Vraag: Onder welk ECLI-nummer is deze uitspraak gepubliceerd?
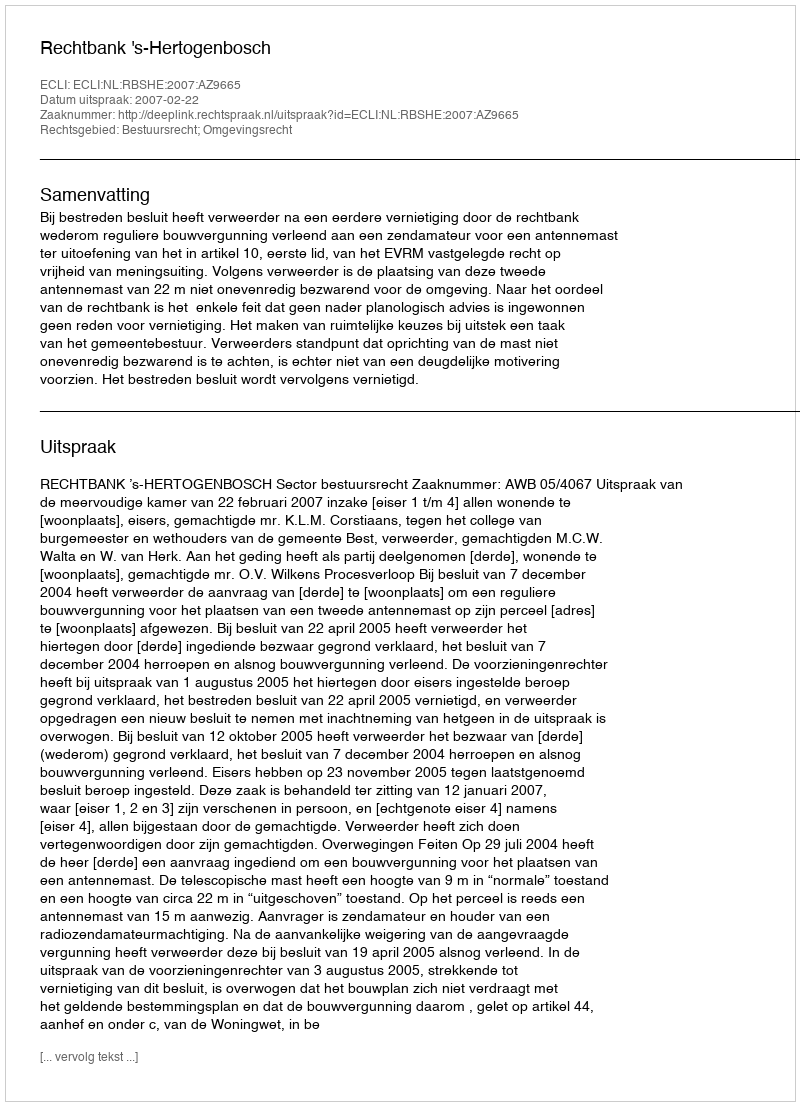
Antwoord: ECLI:NL:RBSHE:2007:AZ9665